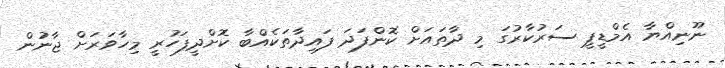
ނޫނިއްޔާ އެމްޑީޕީ ސަރުކާރުގަ މި ދާތައަށް ކޮންފަދަ ފައިދާތަކެއްބާ ކޮށްދީފަހުރީ މިހާވަރަށް ޖާނުން